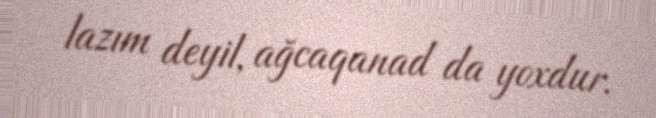
lazım deyil, ağcaqanad da yoxdur.